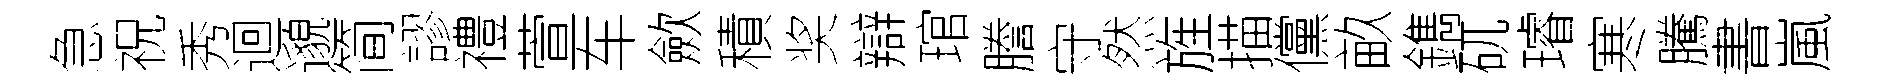
急祝秀迴邈简謬禮萱车歛積奖辯琯謄守然旌描儻畝鐫矹璿寒騰書嵐